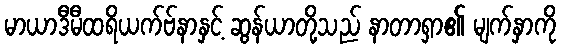
မာယာဒီမီထရိယက်ဗ်နာနှင့် ဆွန်ယာတို့သည် နာတာရှာ၏ မျက်နှာကို